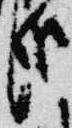
哉